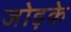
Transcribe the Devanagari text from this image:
जोड़के